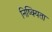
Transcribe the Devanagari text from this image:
निष्क्यिता